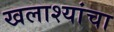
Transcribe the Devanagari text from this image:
खलाश्यांचा